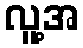
လူ့အ